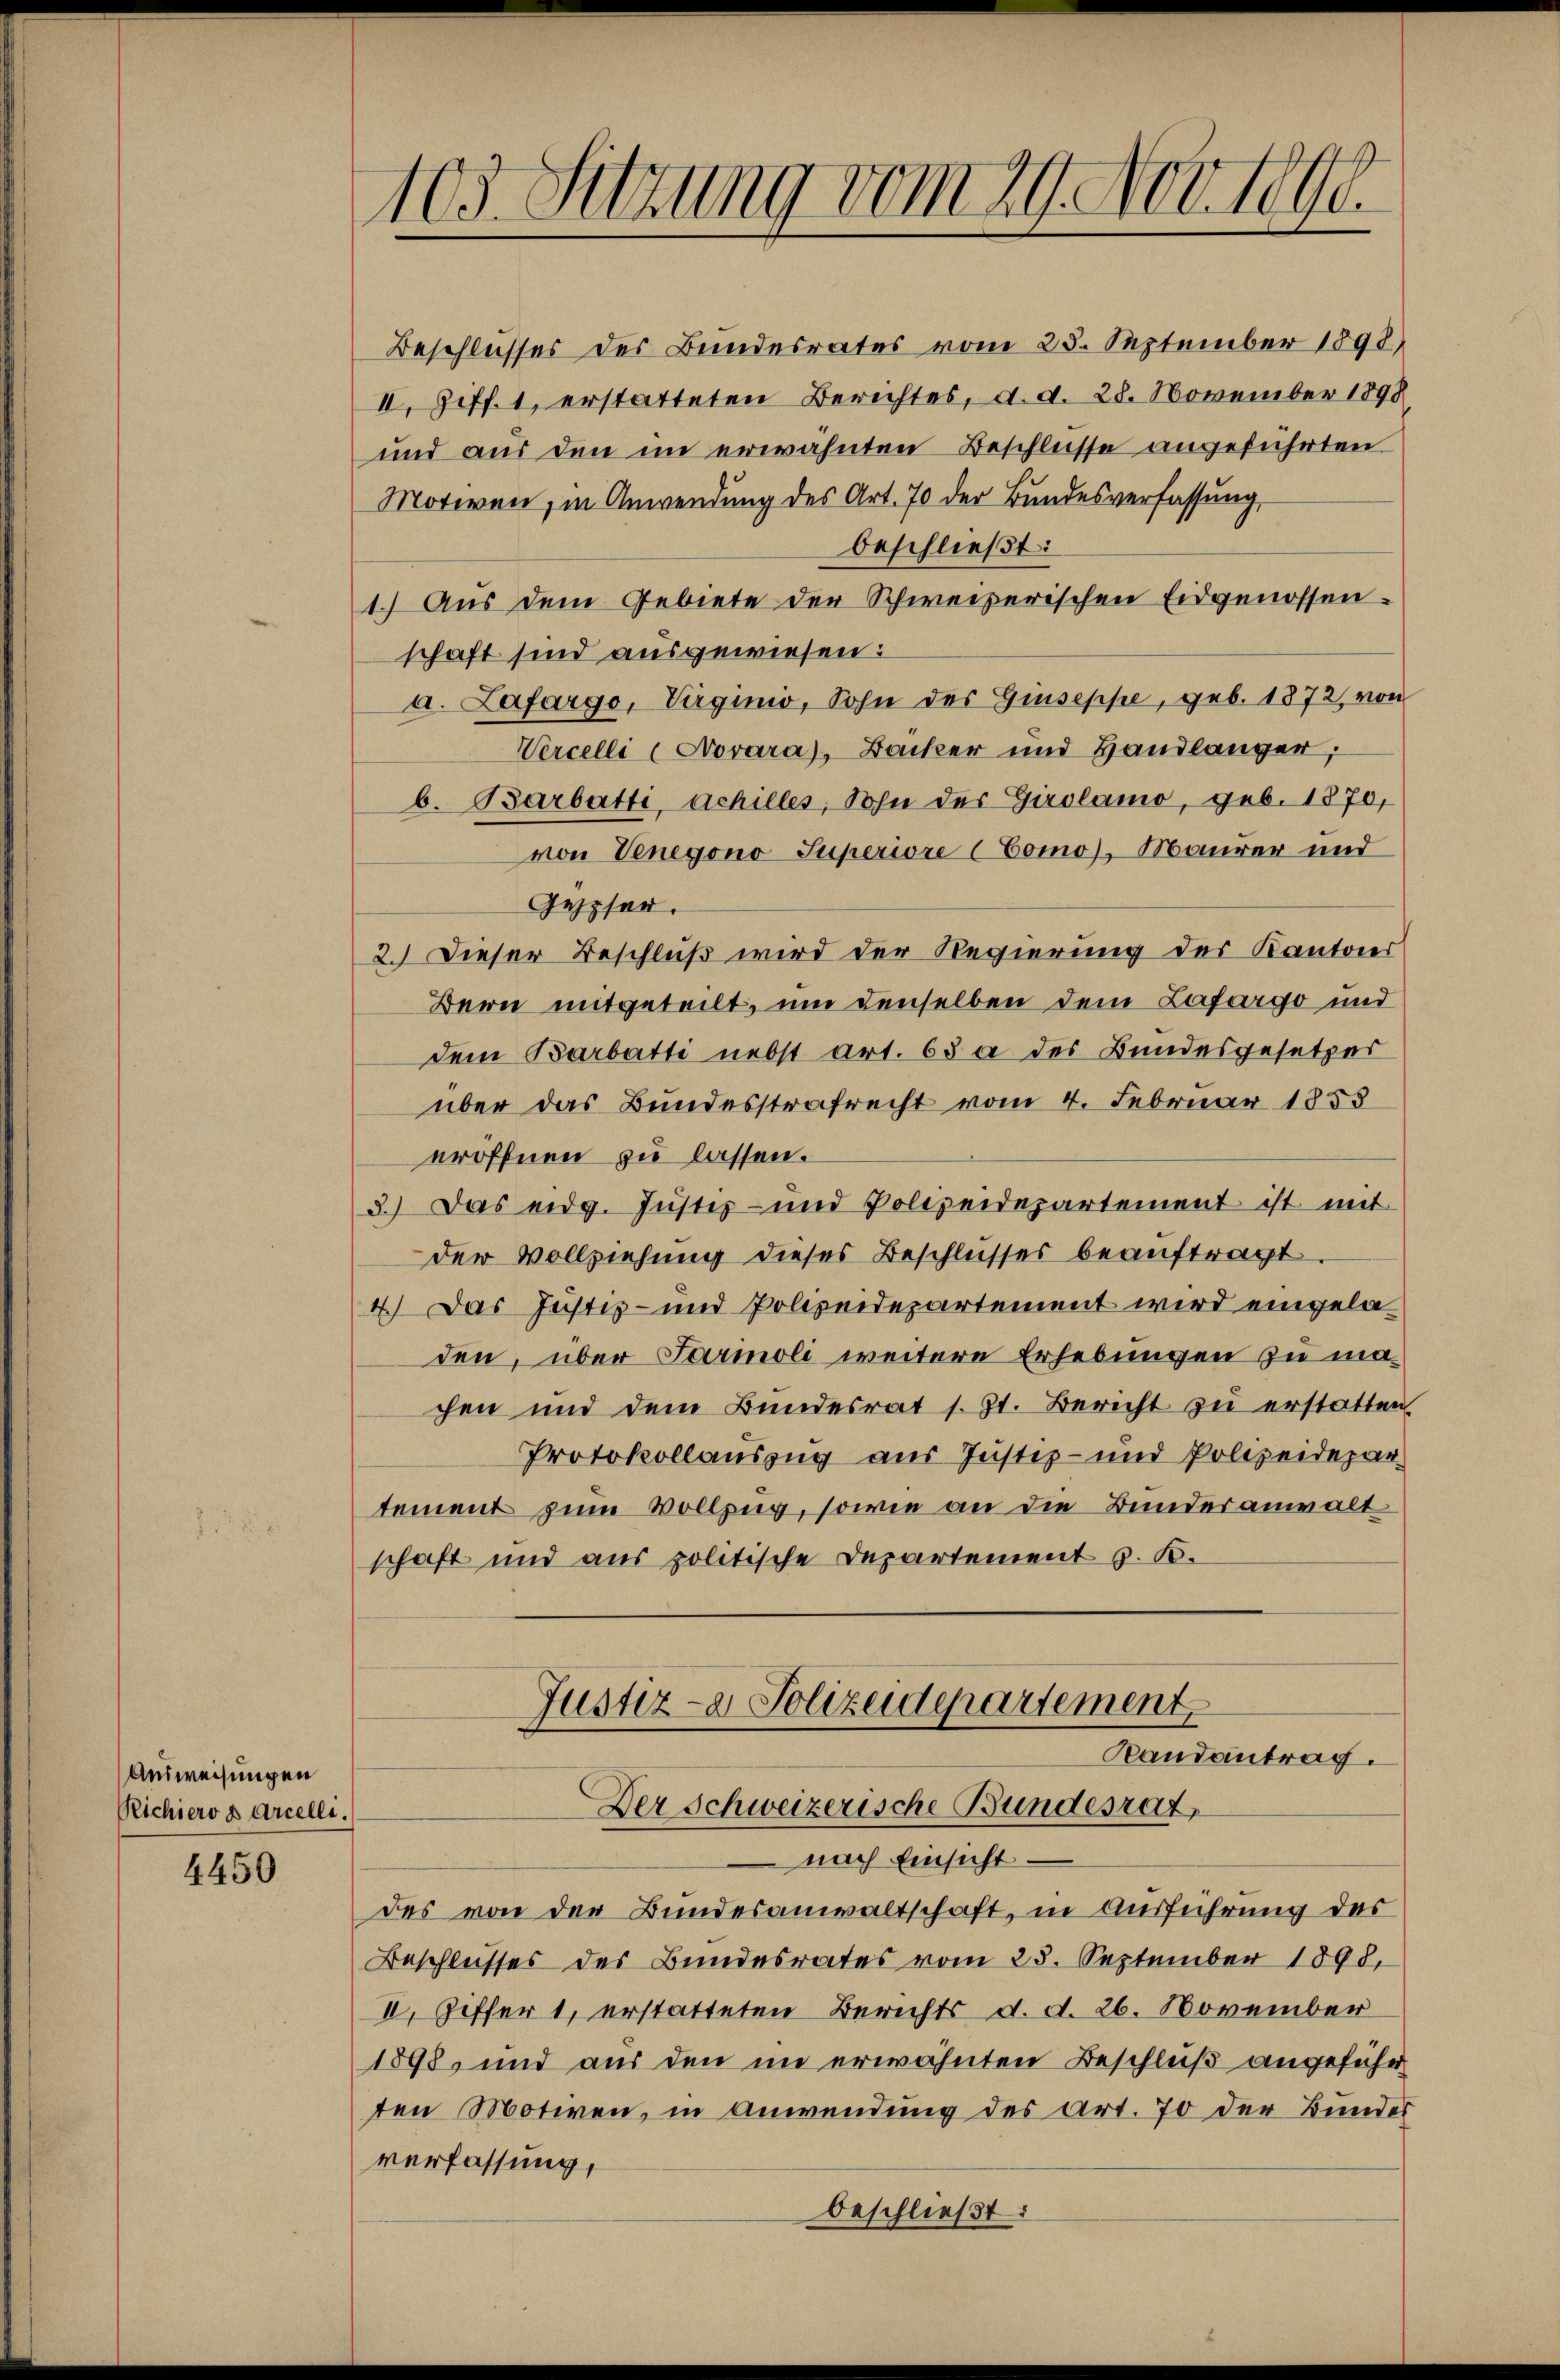
Ausweisungen
Richiero s arcelle.

4450

Beschlusses des Bundesrates vom 25. September 1898)
II. Ziff. 1, erstatteten Berichtes, d. d. 28. November 1898
und aus den im erwähnten Beschlüsse angeführten
Motiven, in Anwendung des Art. 70 der Bundesverfassung,
beschließt:
1.) Aus dem Gebiete der Schweizerischen Eidgenossen-
schaft sind ausgewiesen:
a. Lafargo, Virginio, Sohn des Giuseppe, geb. 1872, von
Vercelli (Novara), Backer und Handlänger;
b. Barbatti, Schilles, Sohn der Girolamo, geb. 1870,
von Venegono Superiore Como), Maurer und
Gesser.
2.) Dieser Beschluß wird der Regierung des Kantons
Bern mitgeteilt, um denselben dem Lafargo und
dem Barbatti nebst art. 63 des Bundesgesetzes
über das Bundesstrafrecht vom 4. Februar 1853
eröffnen zu lassen.
3.) Das eidg. Jŭstiz- und Polizeidepartement ist mit
der Vollziehung dieses Beschlusses beauftragt.
4.) Das Justiz- und Polizeidepartement wird eingeladen, über Farmoli weitere Erhebungen zu machen und dem Bundesrat s. Zt. Bericht zu erstatten.
Protokollauszug aus Justiz- und Polizeidepartement zum Vollzug, sowie an die Bundesanwalt
schaft und aus politische Departement z. B.

103. Sitzung vom 29. Nov. 1890.

Justiz- & Polizeidepartement
Randantrag.
Der Schweizerische Bundesrat,

nach Einsicht
des von der Bundesanwaltschaft, in Ausführung des
Beschlusses des Bundesrates vom 25. September 1898,
II. Ziffer 1, erstatteten Berichts d. d. 26. November
1898, und aus den im erwähnten Beschluß angeführ
ten Motiven, in Anwendung des Art. 70 der Bundes
verfassung,
beschließt: